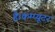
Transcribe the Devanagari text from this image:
है।कम्‍प्‍यूटर